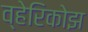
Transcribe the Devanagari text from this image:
व्हेरिकोझ